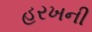
હરખની